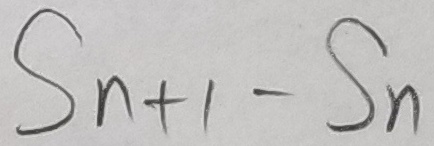
S _ { n + 1 } - S _ { n }